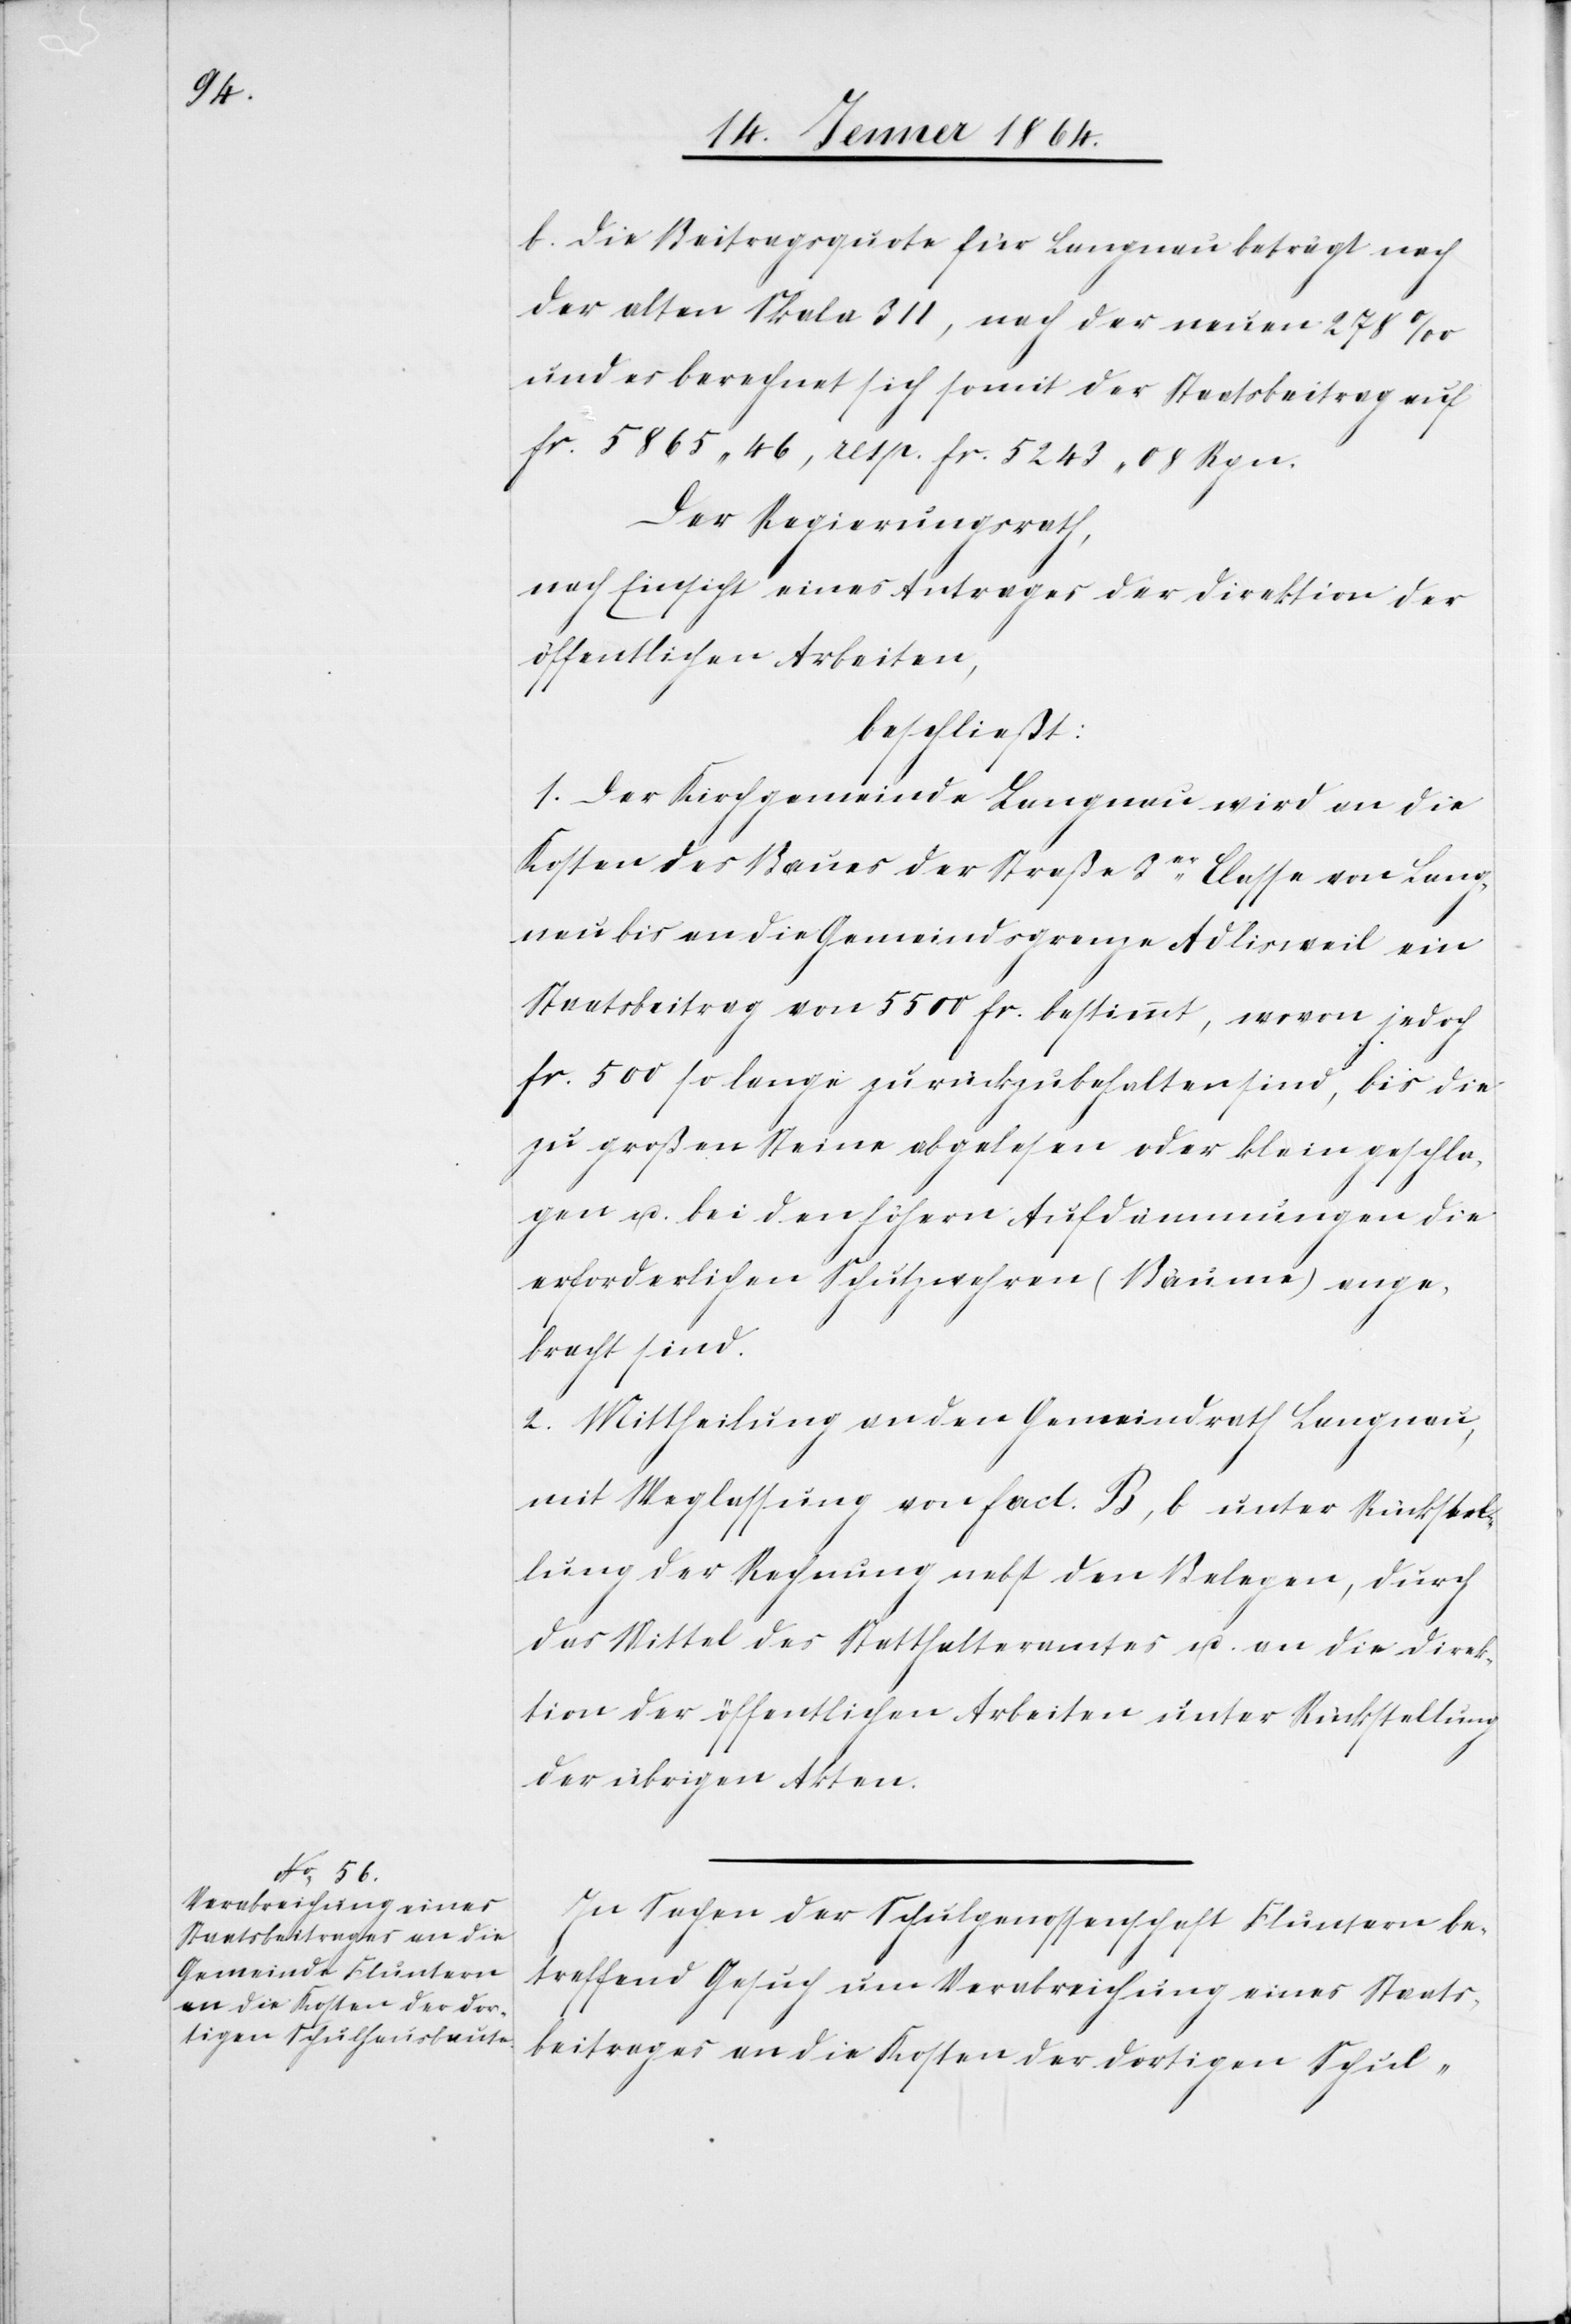
b. Die Beitragsquote für Langnau beträgt nach
der alten Skala 311, nach der neuen 278‰
und es berechnet sich somit der Staatsbeitrag auf
fr. 5865 46, resp. fr. 5243 08 Rpn.
Der Regierungsrath,
nach Einsicht eines Antrages der Direktion der
öffentlichen Arbeiten,
beschließt:
1. Der Kirchgemeinde Langnau wird an die
Kosten des Baues der Straße 3er Classe von Lang¬
nau bis an die Gemeindsgrenze Adlisweil ein
Staatsbeitrag von 5500 fr. bestimmt, wovon jedoch
fr. 500 so lange zurückzubehalten sind, bis die
zu großen Steine abgelesen oder klein geschla¬
gen u. bei den höhern Aufdämmungen die
erforderlichen Schutzwehren (Bäume) ange¬
bracht sind.
2. Mittheilung an den Gemeindrath Langnau,
mit Weglassung von fact. B, b unter Rückstel¬
lung der Rechnung nebst den Belegen, durch
das Mittel des Statthalteramtes u. an die Direk¬
tion der öffentlichen Arbeiten unter Rückstellung
der übrigen Akten.
In Sachen der Schulgenossenschaft Fluntern be¬
treffend Gesuch um Verabreichung eines Staats¬
beitrages an die Kosten der dortigen Schul-